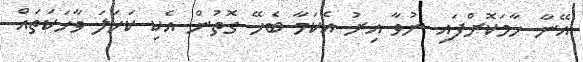
އޭނާ ހާމަކޮށްފައި ނުވާ އިރު އެކަމާ ބެހޭ ގޮތުން އެކި ކަހަލަ ވާހަކަތައް